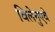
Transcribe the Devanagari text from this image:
विलेनुएवे